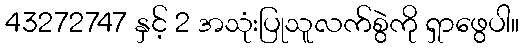
43272747 နှင့် 2 အသုံးပြုသူလက်စွဲကို ရှာဖွေပါ။